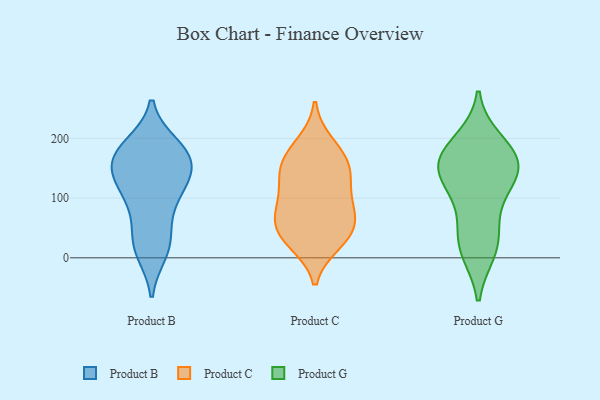
{"axis": {"x": "Net Income (USD K)", "y": "Value"}, "legend": ["Product B", "Product C", "Product G"], "data": [{"x": "", "y": 108, "type": "Product B"}, {"x": "", "y": 126, "type": "Product B"}, {"x": "", "y": 177, "type": "Product B"}, {"x": "", "y": 188, "type": "Product B"}, {"x": "", "y": 10, "type": "Product B"}, {"x": "", "y": 17, "type": "Product B"}, {"x": "", "y": 110, "type": "Product B"}, {"x": "", "y": 24, "type": "Product B"}, {"x": "", "y": 49, "type": "Product B"}, {"x": "", "y": 89, "type": "Product B"}, {"x": "", "y": 168, "type": "Product B"}, {"x": "", "y": 163, "type": "Product B"}, {"x": "", "y": 152, "type": "Product B"}, {"x": "", "y": 187, "type": "Product B"}, {"x": "", "y": 159, "type": "Product B"}, {"x": "", "y": 138, "type": "Product B"}, {"x": "", "y": 145, "type": "Product C"}, {"x": "", "y": 190, "type": "Product C"}, {"x": "", "y": 149, "type": "Product C"}, {"x": "", "y": 148, "type": "Product C"}, {"x": "", "y": 71, "type": "Product C"}, {"x": "", "y": 38, "type": "Product C"}, {"x": "", "y": 94, "type": "Product C"}, {"x": "", "y": 173, "type": "Product C"}, {"x": "", "y": 76, "type": "Product C"}, {"x": "", "y": 26, "type": "Product C"}, {"x": "", "y": 53, "type": "Product C"}, {"x": "", "y": 111, "type": "Product C"}, {"x": "", "y": 35, "type": "Product C"}, {"x": "", "y": 11, "type": "Product G"}, {"x": "", "y": 142, "type": "Product G"}, {"x": "", "y": 13, "type": "Product G"}, {"x": "", "y": 33, "type": "Product G"}, {"x": "", "y": 156, "type": "Product G"}, {"x": "", "y": 125, "type": "Product G"}, {"x": "", "y": 152, "type": "Product G"}, {"x": "", "y": 187, "type": "Product G"}, {"x": "", "y": 107, "type": "Product G"}, {"x": "", "y": 64, "type": "Product G"}, {"x": "", "y": 154, "type": "Product G"}, {"x": "", "y": 168, "type": "Product G"}, {"x": "", "y": 196, "type": "Product G"}]}